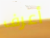
أعرف